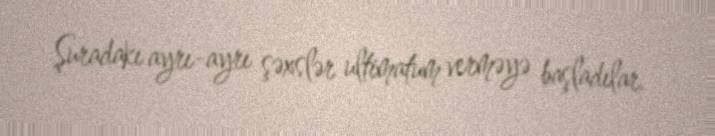
Şuradakı ayrı-ayrı şəxslər ultimatum verməyə başladılar.